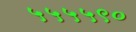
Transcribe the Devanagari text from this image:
५५५५९०